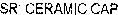
SR CERAMIC CAP